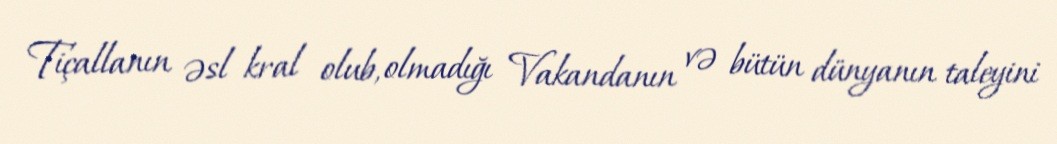
Tiçallanın əsl kral olub, olmadığı Vakandanın və bütün dünyanın taleyini